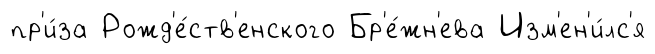
пр'и́за Рожд'е́ств'енского Бр'е́жн'ева Изм'ен'и́лс'я